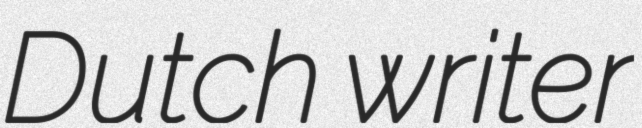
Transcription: Dutch writer